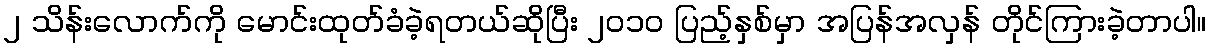
၂ သိန်းလောက်ကို မောင်းထုတ်ခံခဲ့ရတယ်ဆိုပြီး ၂၀၁၀ ပြည့်နှစ်မှာ အပြန်အလှန် တိုင်ကြားခဲ့တာပါ။